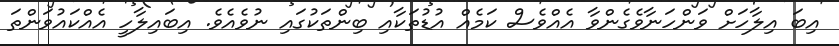
އިބަ އިލާހަށް ވަންހަނާވެގެންވާ އެއްވެސް ކަމެއް އުޑުތަކާއި ބިންތަކުގައި ނުވެއެވެ. އިބައިލާހީ އެއްކައުވަންތަ